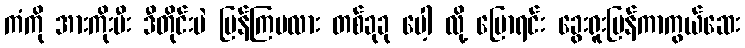
ကံကို အားကိုးပီး ဒီတိုင်းပဲ ပြန်ကြမလား တစ်ခုခု ပေါ့ လို့ ပြောရင်း ခွေးရူးပြန်ကာကွယ်ဆေး